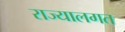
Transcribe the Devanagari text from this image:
राज्यालगत